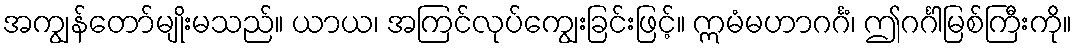
အကျွန်တော်မျိုးမသည်။ ယာယ၊ အကြင်လုပ်ကျွေးခြင်းဖြင့်။ ဣမံမဟာဂင်္ဂံ၊ ဤဂင်္ဂါမြစ်ကြီးကို။